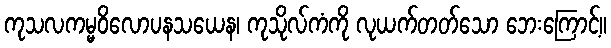
ကုသလကမ္မဝိလောပနသယေန၊ ကုသိုလ်ကံကို လုယက်တတ်သော ဘေးကြောင့်။